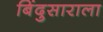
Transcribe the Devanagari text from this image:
बिंदुसाराला